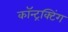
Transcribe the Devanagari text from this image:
कॉन्ट्रक्टिंग